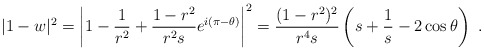
\begin{align*} |1-w|^2&= \left|1-\frac 1{r^2}+\frac{1-r^2}{r^2 s} e^{i(\pi-\theta)}\right|^2= \frac{(1-r^2)^2}{r^4s}\left(s+\frac 1s-2 \cos\theta\right)\ .\end{align*}